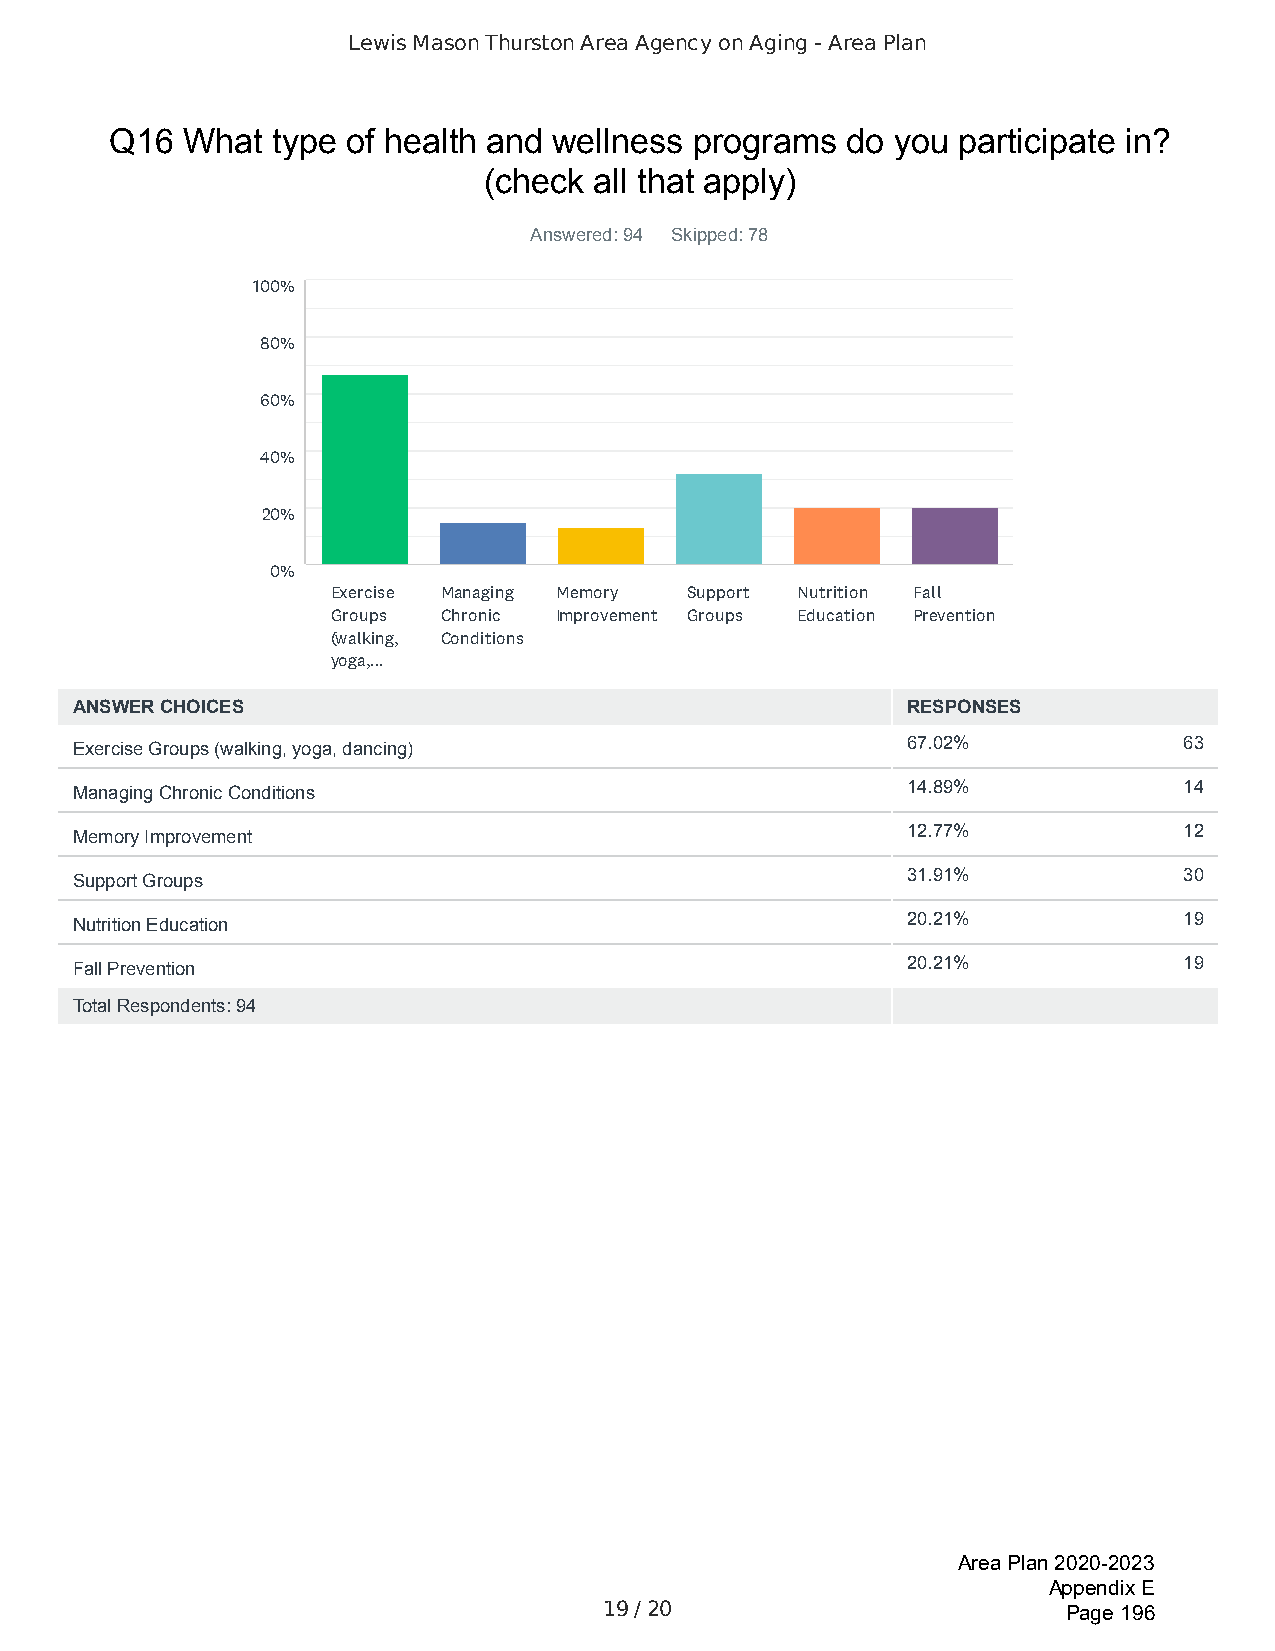
Lewis Mason Thurston Area Agency on Aging - Area Plan
 Q16  What  type of health and wellness programs  do you participate in?
 (check all that apply)
 Answered: 94 Skipped: 78
 100%
 80%
 60%
 40%
 20%
 0%
 Exercise Managing Memory Support Nutrition Fall
 Groups Chronic Improvement Groups Education Prevention
 (walking, Conditions
 yoga,...
 ANSWER CHOICES                                         RESPONSES
 Exercise Groups (walking, yoga, dancing)               67.02%            63
 Managing Chronic Conditions                            14.89%            14
 Memory Improvement                                     12.77%            12
 Support Groups                                         31.91%            30
 Nutrition Education                                    20.21%            19
 Fall Prevention                                        20.21%            19
 Total Respondents: 94
 Area Plan 2020-2023
 Appendix E
 19 / 20                        Page 196